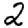
Digit: 2